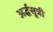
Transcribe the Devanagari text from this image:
अर्द्धसूत्री